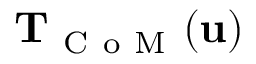
\mathbf { T } _ { \mathrm { ~ C ~ o ~ M ~ } } ( \mathbf { u } )